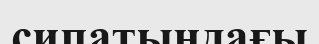
сипатындағы